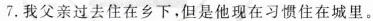
7.我父亲过去住在乡下,但是他现在习惯住在城里。